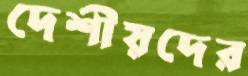
দেশীয়দের